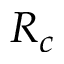
R _ { c }